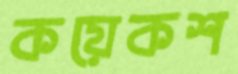
কয়েকশ